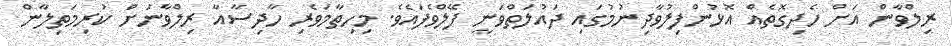
ރިލްވާން އަށް ހެދިގޮތެއް އޮޅުންފިލުވާދިނުމުގައި ދައުލަތްވަނީ ފޭލްވެފައެވެ. މިހިތާމަވެރި ހާދިސާއާ ރިލްވާނަށް ކުރިމަތިލާން